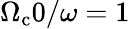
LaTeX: \Omega_{\mathrm{c}}0/\omega=1